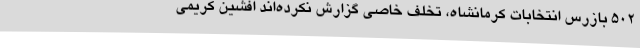
502 بازرس انتخابات کرمانشاه، تخلف خاصی گزارش نکرده‌اند افشین کریمی